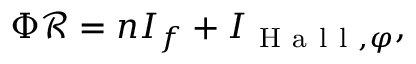
\Phi \mathcal { R } = n I _ { f } + I _ { \mathrm { ~ H ~ a ~ l ~ l ~ } , \varphi } ,